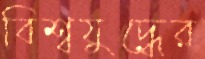
বিশ্বযুদ্ধের